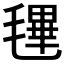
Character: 𣯴